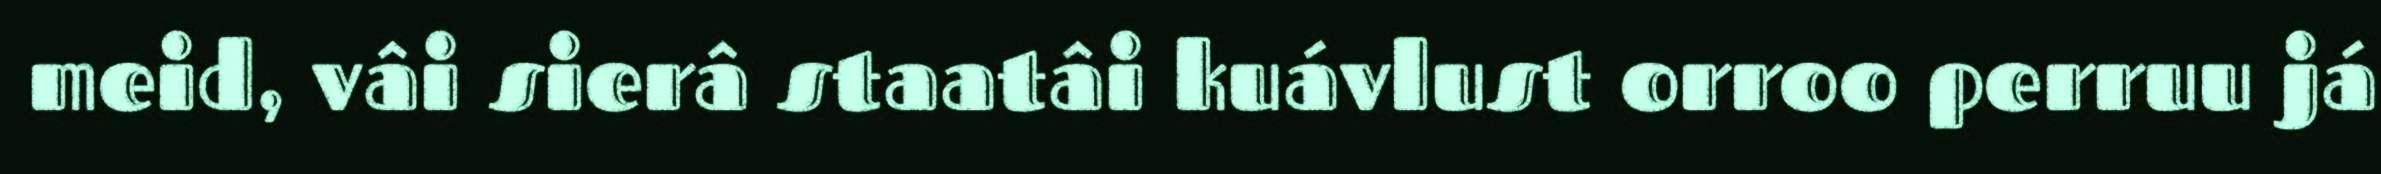
meid, vâi sierâ staatâi kuávlust orroo perruu já